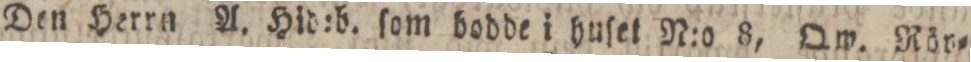
Den Herrn A. Hid:b. ſom bodde i huſet N:o 8, Qw. Rör=